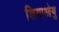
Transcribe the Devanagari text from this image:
शियाओयु